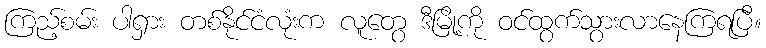
ကြည့်စမ်း ပါရှား တစ်နိုင်ငံလုံးက လူတွေ ဒီမြို့ကို ဝင်ထွက်သွားလာနေကြရပြီ။